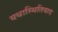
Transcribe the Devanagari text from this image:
यथास्थितिवाद